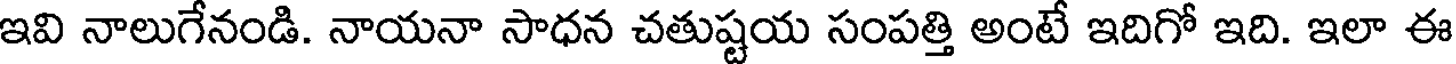
ఇవి నాలుగేనండి. నాయనా సాధన చతుష్టయ సంపత్తి అంటే ఇదిగో ఇది. ఇలా ఈ